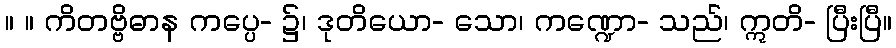
။ ။ ကိတဗ္ဗိဓာန ကပ္ပေ- ၌၊ ဒုတိယော- သော၊ ကဏ္ဍော- သည်၊ ဣတိ- ပြီးပြီ။